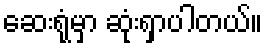
ဆေးရုံမှာ ဆုံးရှာပါတယ်။